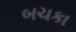
બચકા